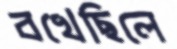
বখেছিলে